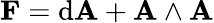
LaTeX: \mathbf{F}=\mathrm{d}\mathbf{A}+\mathbf{A}\wedge\mathbf{A}